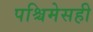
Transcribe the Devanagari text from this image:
पश्चिमेसही